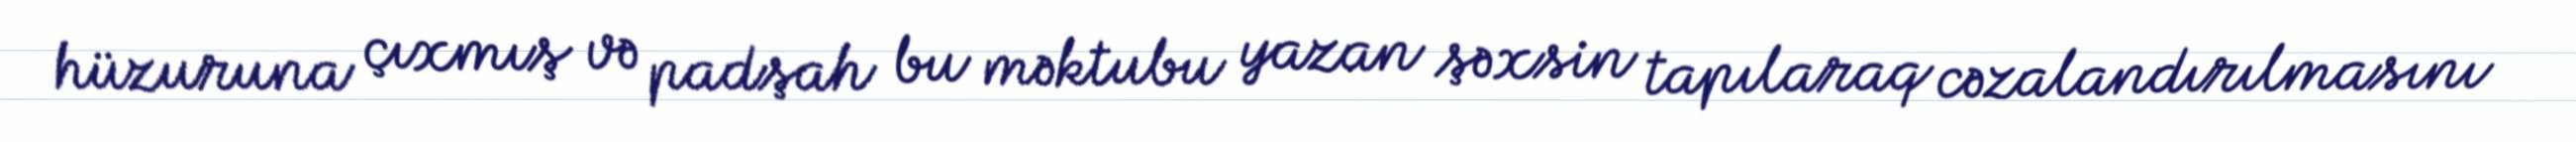
hüzuruna çıxmış və padşah bu məktubu yazan şəxsin tapılaraq cəzalandırılmasını